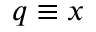
q \equiv x